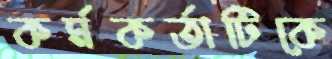
কর্মকর্তাটিকে